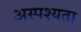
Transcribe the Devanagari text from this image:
अस्पश्यता